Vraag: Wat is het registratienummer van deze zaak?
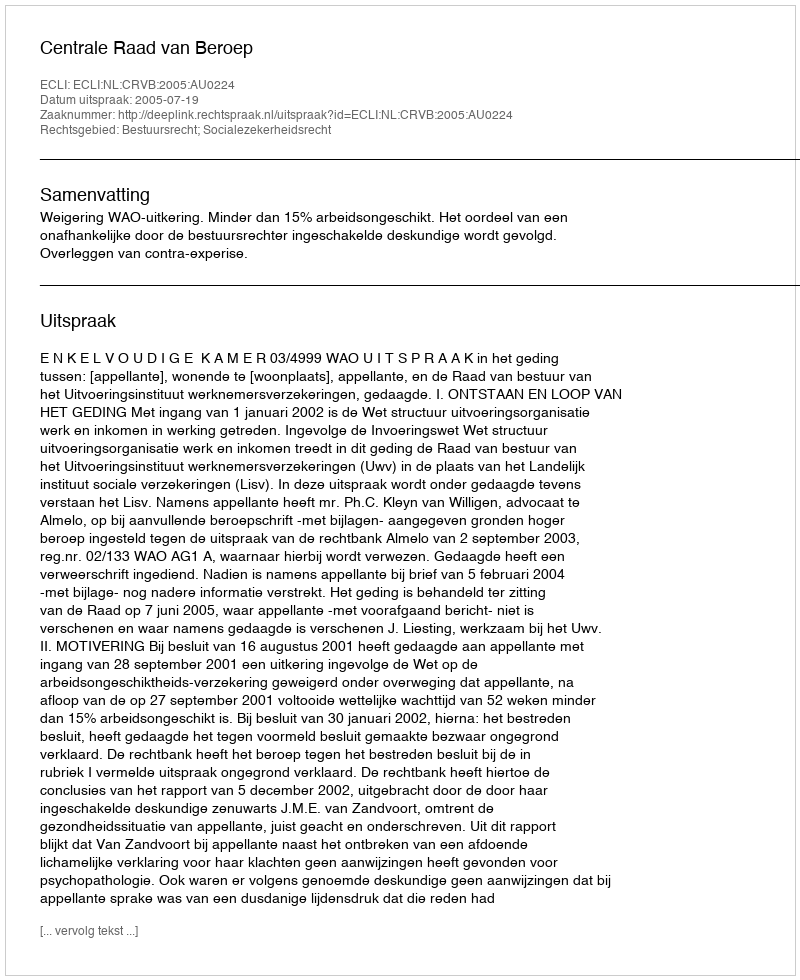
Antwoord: http://deeplink.rechtspraak.nl/uitspraak?id=ECLI:NL:CRVB:2005:AU0224